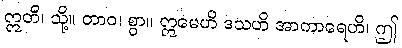
ဣတိ၊ သို့။ တာဝ၊ စွာ။ ဣမေဟိ ဒသဟိ အာကာရေဟိ၊ ဤ